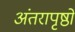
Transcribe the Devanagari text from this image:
अंतरापृष्ठों